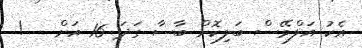
އެކު އަލްވޭސް ބަލިކޮށް ބާސާ ގަދަ 16 އަށް   !